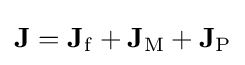
\mathbf {J} =\mathbf {J} _{\mathrm {f} }+\mathbf {J} _{\mathrm {M} }+\mathbf {J} _{\mathrm {P} }